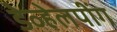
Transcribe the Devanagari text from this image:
डेव्हेलपींग